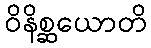
ဝိနိစ္ဆယောတိ